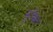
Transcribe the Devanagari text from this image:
मूच्र्छित